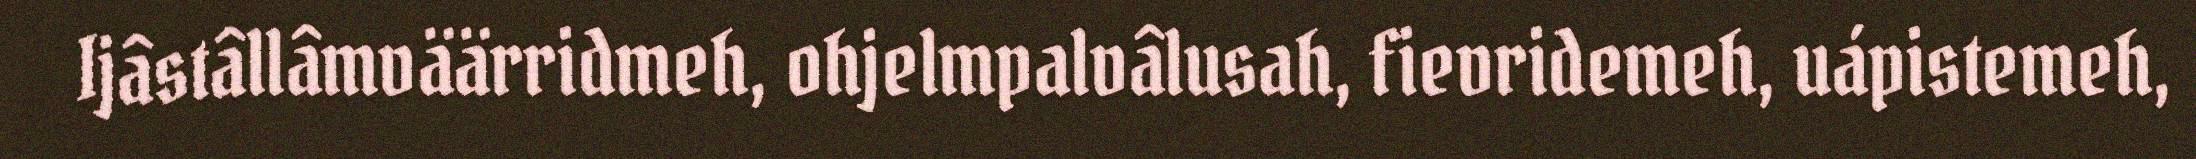
Ijâstâllâmväärridmeh, ohjelmpalvâlusah, fievridemeh, uápistemeh,